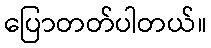
ပြောတတ်ပါတယ်။